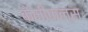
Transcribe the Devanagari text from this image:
केमीकल्स